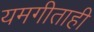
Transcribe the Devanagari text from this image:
यमगीताही